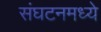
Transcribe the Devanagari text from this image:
संघटनमध्ये